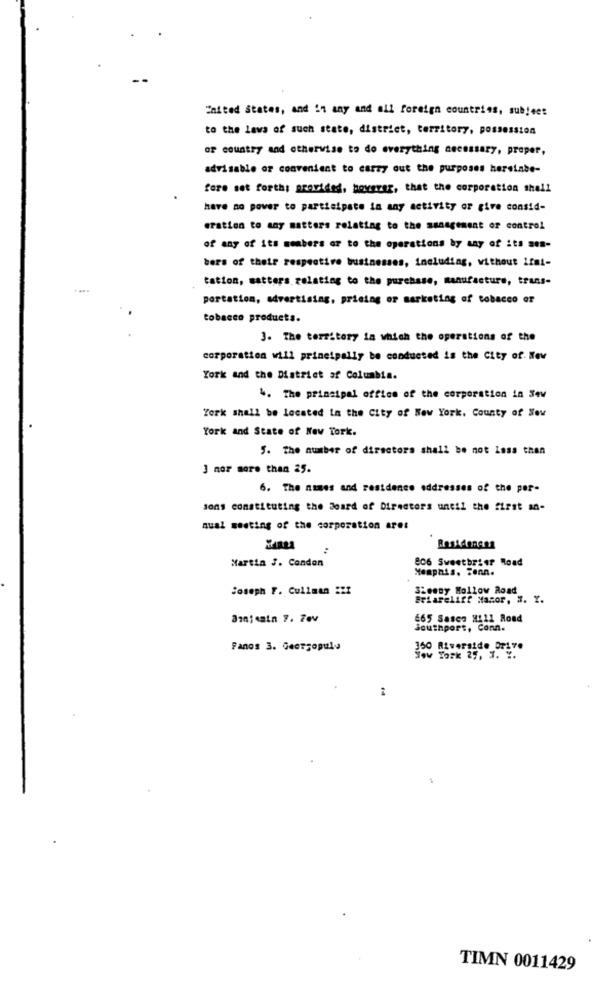
United States, and in any and all foreign countries, subject
to the laws of such state, district, territory, possession
of country and otherwise to do everything necessary, proper,
advisable or convenient to carry out the purposes hereinbe-
fore set forth; provided, boverez, that the corporation shell
have no power to participate in any activity or give consid-
eration to any matters relating to the management of control
of any of its members or to the operations by any of its sen-
bers of their respective businesses, including, without limi-
tation, matters relating to the purchase, manufacture, trans-
portation, advertising, pricing or marketing of tobacco or
tobacco products.
3. The territory in which the operations of the
corporation will principally be conducted is the City of. New
York and the District of Columbia.
4. The principal office of the corporation in Sew
Zork shall be located in the City of New York. County of New
York and State of New Tork.
5. The number of directors shall be not less then
3 nor more than 25.
6. The names and residence addresses of the per-
Jons constituting the Board of Directors until the first an-
qual meeting of the corporation ares
..
Residences
Martin J. Condon
806 Sweetbrier Road
Memphis. Tenn.
Joseph F. Cullman 221
3Lenny Hollow Road
Briareliff Macor, #. Y.
665 Sasca H111 Road
Southport, Conn.
Fanos 3. Georgepula
350 Riverside Drive
Tow Tork 25, 7. Y.
TIMN 0011429